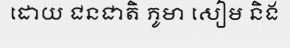
ដោយ ជនជាតិ ភូមា សៀម និង